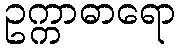
ဥက္ကာဓာရော